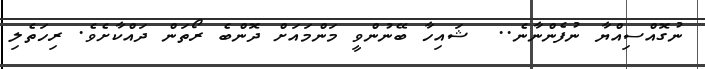
ނުގޮއްސިއްޔާ ނުފެންނާނެ..  ޝައިިހާ ބޭނުންވީ މަންމައަށް ދޮންބެ ރޯތަން ދައްކާށެވެ. ރިހަތެލި